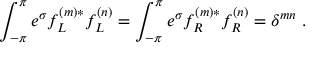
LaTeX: \int _ { - \pi } ^ { \pi } e ^ { \sigma } f _ { L } ^ { ( m ) * } f _ { L } ^ { ( n ) } = \int _ { - \pi } ^ { \pi } e ^ { \sigma } f _ { R } ^ { ( m ) * } f _ { R } ^ { ( n ) } = \delta ^ { m n } \, \, .